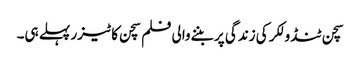
سچن ٹنڈولکر کی زندگی پر بننےوالی فلم سچن کا ٹیزر پہلے ہی۔